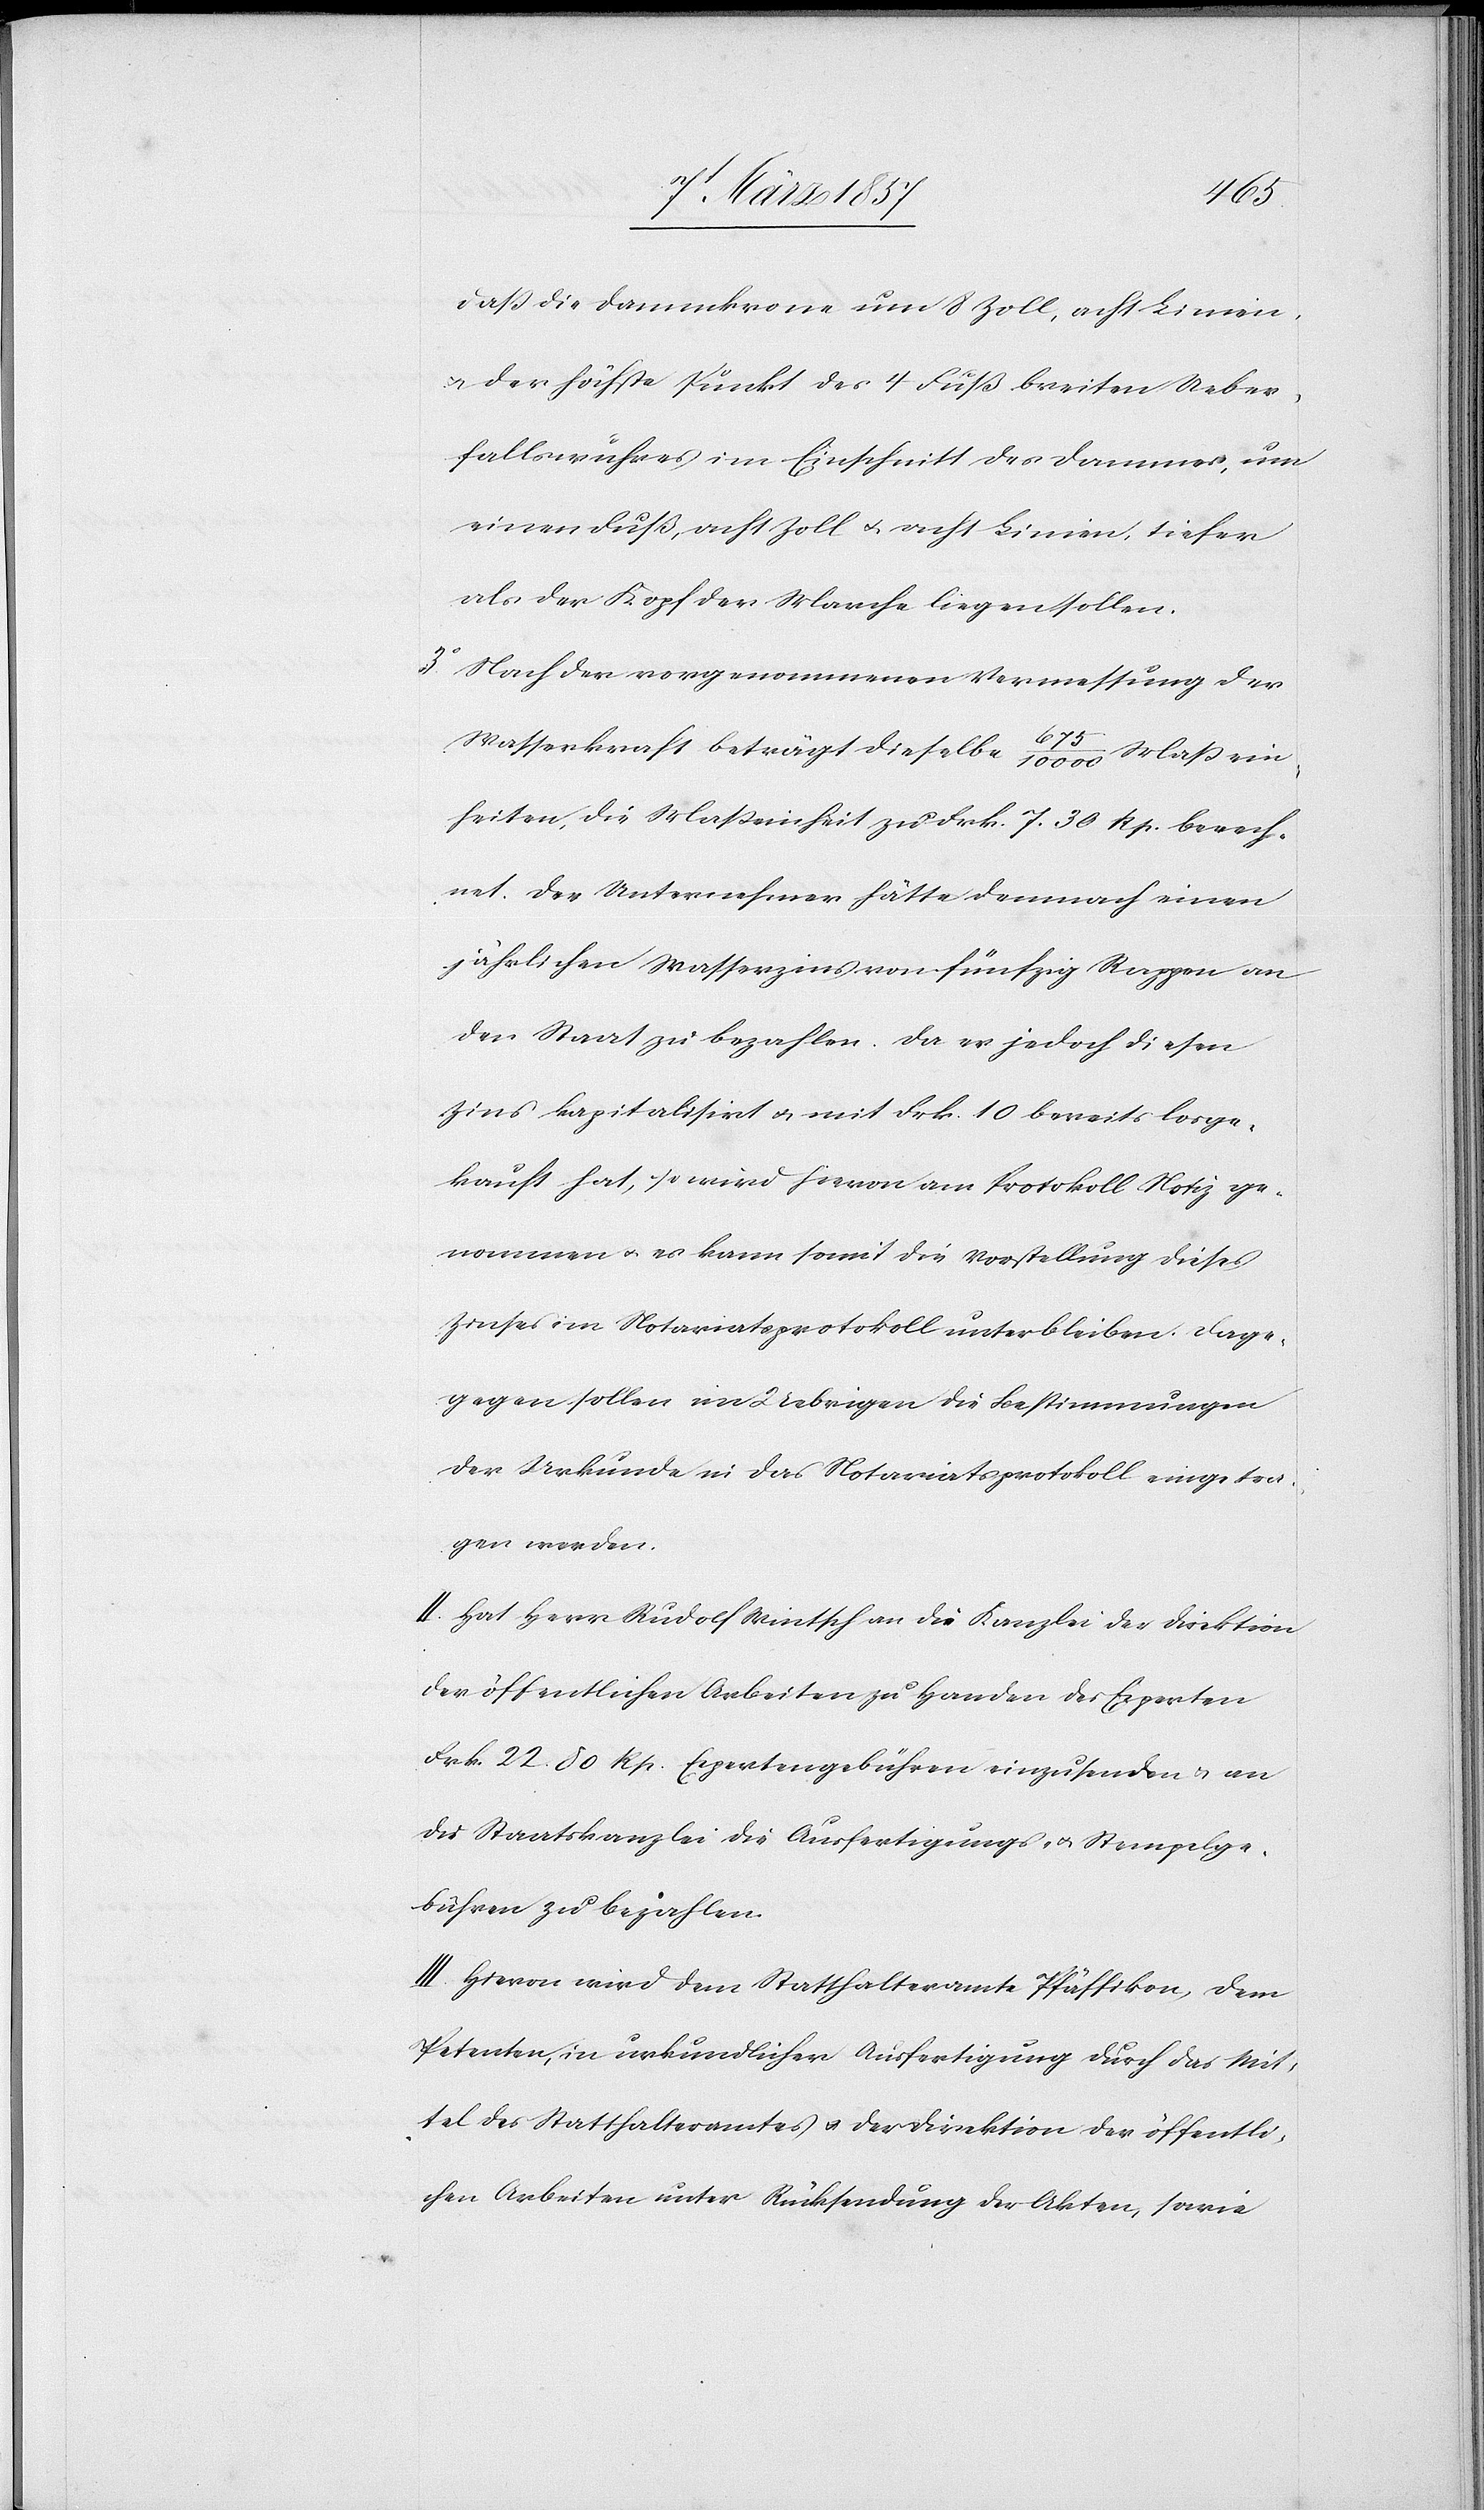
daß die Dammkrone um 8 Zoll, acht Linien
u. der höchste Punkt des 4 Fuß breiten Ueber¬
fallswuhres im Einschnitt des Dammes, um
einen Fuß, acht Zoll u. acht Linien, tiefer
als der Kopf der Marche liegen sollen.
3o Nach der vorgenommenen Vermessung der
Wasserkraft beträgt dieselbe 675/10 000 Maßein¬
heiten, die Maßeinheit zu Frk. 7. 30 Rp. berech¬
net. Der Unternehmer hätte demnach einen
jährlichen Wasserzins von fünfzig Rappen an
den Staat zu bezahlen. Da er jedoch diesen
Zins kapitalisirt u. mit Frk. 10 bereits losge¬
kauft hat, so wird hievon am Protokoll Notiz ge¬
nommen u. es kann somit die Vorstellung dieses
Zinses im Notariatsprotokoll unterblieben. Dage¬
gen sollen im Uebrigen die Bestimmungen
der Urkunde in das Notariatsprotokoll eingetra¬
gen werden.
II. Hat Herr Rudolf Wintsch an die Kanzlei der Direktion
der öffentlichen Arbeiten zu Handen des Experten
Frk. 22 80 Rp[en]. Expertengebühren einzusenden u. an
die Staatskanzlei die Ausfertigungs- u. Stempelge¬
bühren zu bezahlen.
III. Hievon wird dem Statthalteramte Pfäffikon, dem
Petenten, in urkundlicher Ausfertigung durch die Mit¬
tel des Statthalteramtes u. der Direktion der öffentli¬
chen Arbeiten unter Rücksendung der Akten, sowie